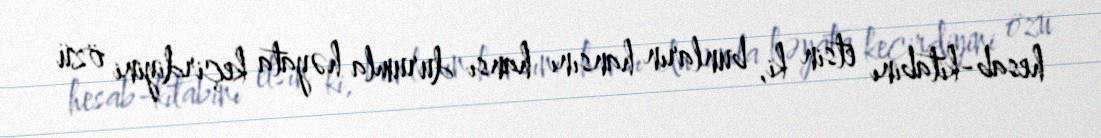
hesab-kitabını etsin ki, bunların hansını hansı durumla həyata keçirdiyini özü